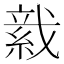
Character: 𦁋